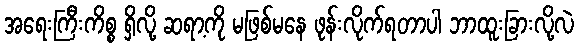
အရေးကြီးကိစ္စ ရှိလို့ ဆရာ့ကို မဖြစ်မနေ ဖုန်းလိုက်ရတာပါ ဘာထူးခြားလို့လဲ